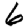
Digit: 6